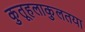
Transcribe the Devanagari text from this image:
कुतूहलाकुलतया